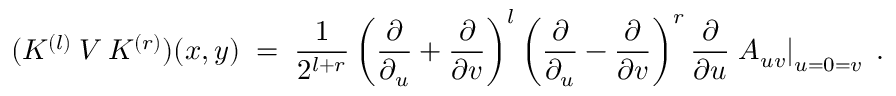
( K ^ { ( l ) } \: V \: K ^ { ( r ) } ) ( x , y ) \; = \; \frac { 1 } { 2 ^ { l + r } } \left( \frac { \partial } { \partial _ { u } } + \frac { \partial } { \partial v } \right) ^ { l } \left( \frac { \partial } { \partial _ { u } } - \frac { \partial } { \partial v } \right) ^ { r } \frac { \partial } { \partial u } \left. A _ { u v } \right| _ { u = 0 = v } \; .